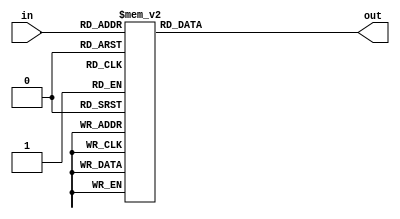
module sib(in, out);
	input [3:0] in;
	output reg [6:0] out;
	
always @(*)begin 
	case(in)
		4'b0000:out=7'b1000000;
		4'b0001:out=7'b1111001;
		4'b0010:out=7'b0100100;
		4'b0011:out=7'b0110000;
		4'b0100:out=7'b0011001;
		4'b0101:out=7'b0010010;
		4'b0110:out=7'b0000010;
		4'b0111:out=7'b1011000;
		4'b1000:out=7'b0000000;
		4'b1001:out=7'b0010000;
		4'b1010:out=7'b0001000;
		4'b1011:out=7'b0000011;
		4'b1100:out=7'b1000110;
		4'b1101:out=7'b0100001;
		4'b1110:out=7'b0000110;
		4'b1111:out=7'b0001110;
		default:out=7'bx;
	endcase
end
endmodule